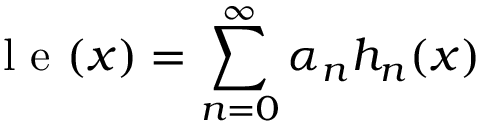
\mathrm { ~ l ~ e ~ } ( x ) = \sum _ { n = 0 } ^ { \infty } \alpha _ { n } h _ { n } ( x )